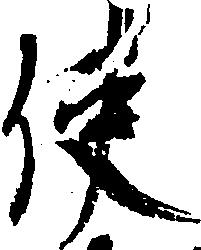
使